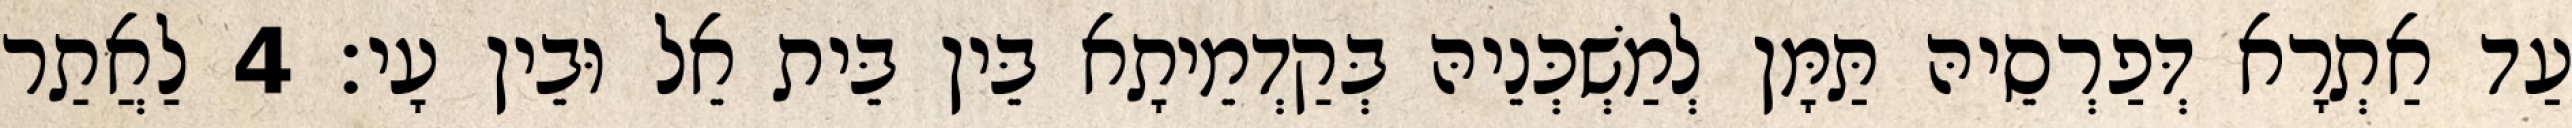
עַד אַתְרָא דְּפַרְסֵיהּ תַּמָּן לְמַשְׁכְּנֵיהּ בְּקַדְמֵיתָא בֵּין בֵּית אֵל וּבֵין עָי׃ 4 לַאֲתַר